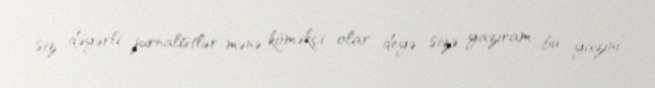
siz dəyərli jurnalistlər mənə köməkçi olar deyə sizə yazıram bu yazını”.